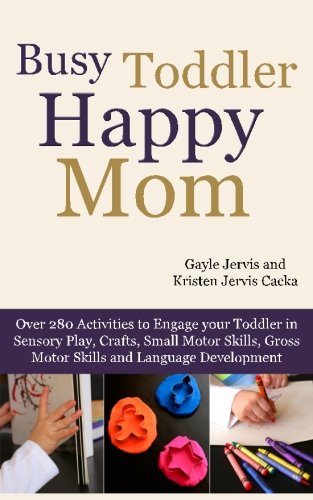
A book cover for Busy Toddler, Happy Mom: Over 280 Activities to Engage Your Toddler in Small Motor and Gross Motor Activities, Crafts, Language Development and Sensory Play; Gayle Jervis; Parenting & Relationships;